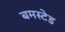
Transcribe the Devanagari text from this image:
बमस्टेड